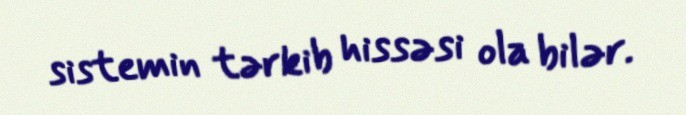
sistemin tərkib hissəsi ola bilər.